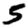
Digit: 5